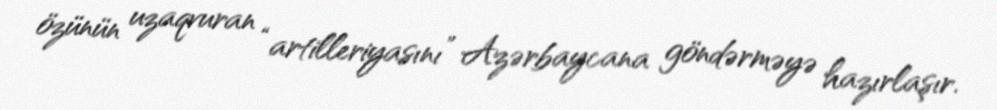
özünün uzaqvuran “artilleriyasını” Azərbaycana göndərməyə hazırlaşır.